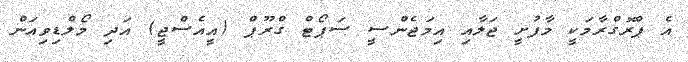
އެ ޕްރޮގްރާމަކީ މާފުށީ ޖަލާއި އިމަޖެންސީ ސަޕޯޓް ގްރޫޕް (އީއެސްޖީ) އަދި މޯލްޑިވިއަން